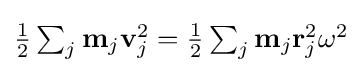
{\textstyle {\frac {1}{2}}\sum _{j}\mathbf {m} _{j}\mathbf {v} _{j}^{2}={\frac {1}{2}}\sum _{j}\mathbf {m} _{j}\mathbf {r} _{j}^{2}\omega ^{2}}